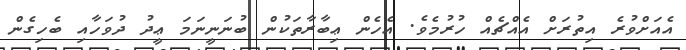
އެއަށްވުރެ އިތުރަށް އެއްޗެއް ހުރުމެވެ. އެހެން ޢިބާރާތަކުން ބުނަނީނަމަ ޢީދު ދުވަހާއި ބެހިގެން